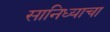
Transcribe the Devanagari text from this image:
सानिध्याचा